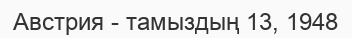
Австрия - тамыздың 13, 1948